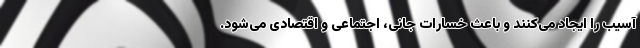
آسیب را ایجاد می‌کنند و باعث خسارات جانی، اجتماعی و اقتصادی می‌شود.